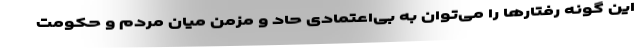
این گونه رفتارها را می‌توان به بی‌اعتمادی حاد و مزمن میان مردم و حکومت